Training of teachers. Junior students, 1910
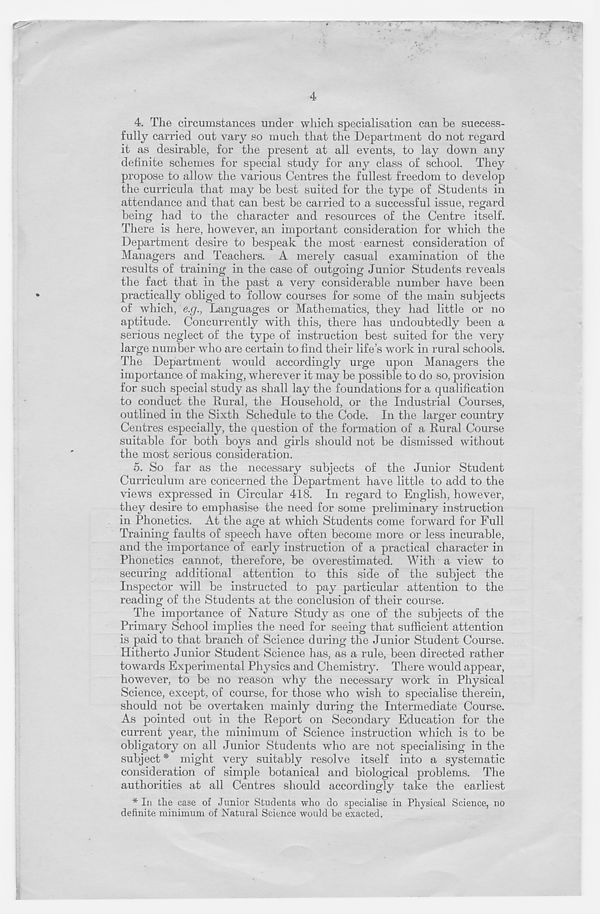
4. The circumstances under which specialisation can he success-
fully carried out vary so much that the Department do not regard
it as desirable, for the present at all events, to lay down any
definite schemes for special study for any class of school. They
propose to allow the various Centres the fullest freedom to develop
the curricula that may be best suited for the type of Students in
attendance and that can best be carried to a successful issue, regard
being had to the character and resources of the Centre itself.
There is here, however, an important consideration for which the
Department desire to bespeak the most earnest consideration of
Managers and Teachers. A merely casual examination of the
results of training in the case of outgoing Junior Students reveals
the fact that in the past a very considerable number have been
practically obliged to follow courses for some of the main subjects
of which, e.g., Languages or Mathematics, they had little or no
aptitude. Concurrently with this, there has undoubtedly been a
serious neglect of the type of instruction best suited for the very
large number who are certain to find their life’s work in rural schools.
The Department would accordingly urge upon Managers the
importance of making, wherever it may be possible to do so, provision
for such special study as shall lay the foundations for a qualification
to conduct the Rural, the Household, or the Industrial Courses,
outlined in the Sixth Schedule to the Code. In the larger country
Centres especially, the question of the formation of a Rural Course
suitable for both boys and girls should not be dismissed without
the most serious consideration.
5. So far as the necessary subjects of the Junior Student
Curriculum are concerned the Department have little to add to the
views expressed in Circular 418. In regard to English, however,
they desire to emphasise the need for some preliminary instruction
in Phonetics. At the age at which Students come forward for Full
Training faults of speech have often become more or less incurable,
and the importance of early instruction of a practical character in
Phonetics cannot, therefore, be overestimated. With a view to
secui'ing additional attention to this side of the subject the
Inspector will be instructed to pay particular attention to the
reading of the Students at the conclusion of their course.
The importance of Nature Study as one of the subjects of the
Primary School implies the need for seeing that sufficient attention
is paid to that branch of Science during the Junior Student Course.
Hitherto Junior Student Science has, as a rule, been directed rather
towards Experimental Physics and Chemistry. There would appear,
however, to be no reason why the necessary work in Physical
Science, except, of course, for those who wish to specialise therein,
should not be overtaken mainly during the Intermediate Course.
As pointed out in the Report on Secondary Education for the
current year, the minimum of Science instruction which is to be
obligatory on all Junior Students who are not specialising in the
subject * might very suitably resolve itself into a systematic
consideration of simple botanical and biological problems. The
authorities at all Centres should accordingly take the earliest
* In the case of Junior Students who do specialise in Physical Science, no
definite minimum of Natural Science would be exacted.